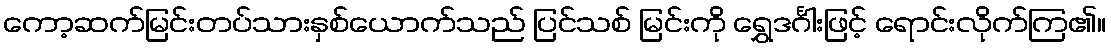
ကော့ဆက်မြင်းတပ်သားနှစ်ယောက်သည် ပြင်သစ် မြင်းကို ရွှေဒင်္ဂါးဖြင့် ရောင်းလိုက်ကြ၏။